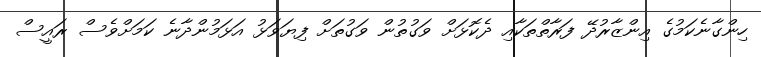
ހިންގާނެކަމުގެ އިންޒާރުދޭ ފަރާތްތަކާއި ދެކޮޅަށް ވަގުތުން ވަގުތަށް ފިޔަވަޅު އަޅަމުންދާނެ ކަމަށްވެސް ރައީސް